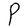
Character: P